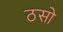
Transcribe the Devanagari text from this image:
ठसो